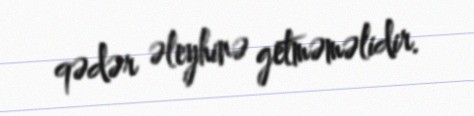
qədər əleyhinə getməməlidir.